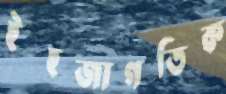
ইহজাগতিক